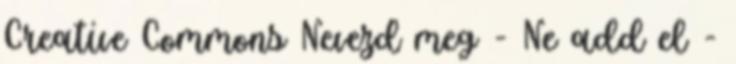
Creative Commons Nevezd meg - Ne add el -